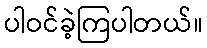
ပါဝင်ခဲ့ကြပါတယ်။